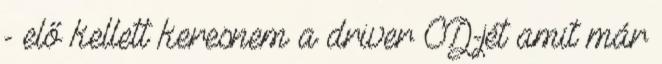
- elő kellett keresnem a driver CD-jét amit már